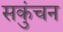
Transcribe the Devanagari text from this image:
सकुंचन